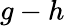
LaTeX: g-h